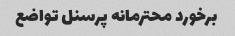
برخورد محترمانه پرسنل تواضع